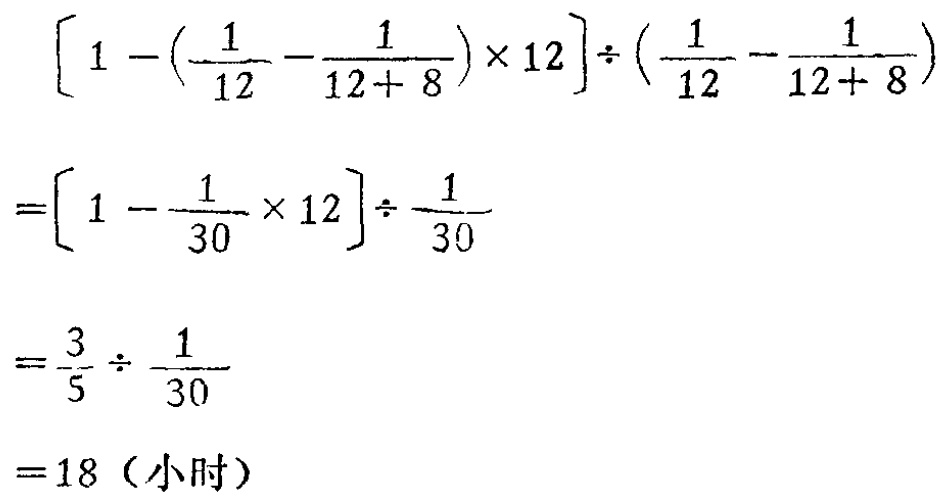
\[

\begin{align*}

&\left[1 - \left(\frac{1}{12} - \frac{1}{12 + 8}\right)×12\right]÷\left(\frac{1}{12} - \frac{1}{12 + 8}\right)\\

=&\left[1 - \frac{1}{30}×12\right]÷\frac{1}{30}\\

=&\frac{3}{5}÷\frac{1}{30}\\

=&18 \text{（小时）}

\end{align*}

\]